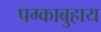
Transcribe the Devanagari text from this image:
पग्काबुहाय